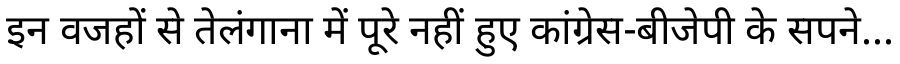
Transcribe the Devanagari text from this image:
इन वजहों से तेलंगाना में पूरे नहीं हुए कांग्रेस-बीजेपी के सपने...